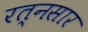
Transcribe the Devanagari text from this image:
रत्नसार